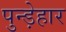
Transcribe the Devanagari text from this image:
पुन्ड़ेहार